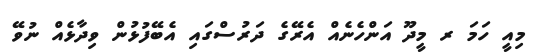
މިއީ ހަމަ ރ މީދޫ އަންހެނެއް އެރޭގެ ދަރުސްގައި އެބޭފުޅުން ވިދާޅެއް ނުވޭ